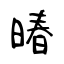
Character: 暙